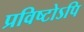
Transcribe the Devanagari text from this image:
प्रविष्टोऽपि